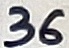
Text: 36